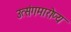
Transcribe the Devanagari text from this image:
उत्संगमारोप्य